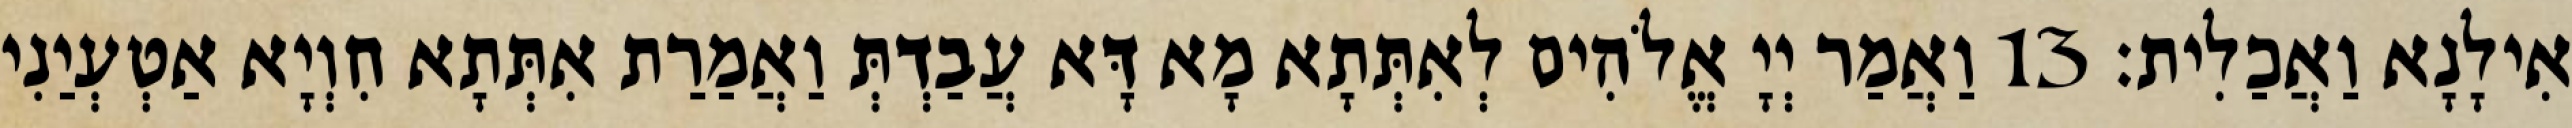
אִילָנָא וַאֲכַלִית׃ 13 וַאֲמַר יְיָ אֱלֹהִים לְאִתְּתָא מָא דָּא עֲבַדְתְּ וַאֲמַרַת אִתְּתָא חִוְיָא אַטְעְיַנִי